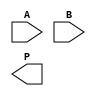
module AdaptiveWallaceTreeMultiplier #(parameter N = 8) (
    input  [N-1:0] A,
    input  [N-1:0] B,
    output [2*N-1:0] P
);

    // Partial Product Generation
    wire [N-1:0] pp [0:N-1]; // Partial products
    genvar i, j;
    generate
        for (i = 0; i < N; i = i + 1) begin : pp_gen
            assign pp[i] = A & {N{B[i]}}; // AND operation to generate partial products
        end
    endgenerate

    // Wallace Tree Reduction
    wire [N-1:0] sum [0:N-1]; // Sums of the partial products
    wire [N-1:0] carry [0:N-1]; // Carries from the adders
    wire [N-1:0] final_sum, final_carry;

    // Reduction Stage
    generate
        for (i = 0; i < N; i = i + 1) begin : reduction
            if (i < N-1) begin
                // Full Adder for the first N-1 layers
                if (i % 2 == 0) begin
                    assign {carry[i], sum[i]} = pp[i] + pp[i+1] + pp[i+2];
                end else begin
                    assign {carry[i], sum[i]} = pp[i] + pp[i+1];
                end
            end else begin
                assign sum[i] = pp[i];
                assign carry[i] = 0;
            end
        end
    endgenerate

    // Final Addition
    wire [2*N-1:0] final_addend;
    assign final_addend = {carry[N-1], sum[N-1]} + {1'b0, sum[N-2]}; // Add the last two sums

    // Output Stage
    assign P = final_addend;

endmodule